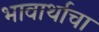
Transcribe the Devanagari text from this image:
भावार्थाचा